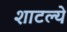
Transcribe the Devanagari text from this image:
शाटल्ये